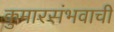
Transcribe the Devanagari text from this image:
कुमारसंभवाची